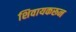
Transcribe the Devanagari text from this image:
शिवायकरून